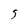
Character: 5